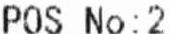
POS NO: 2